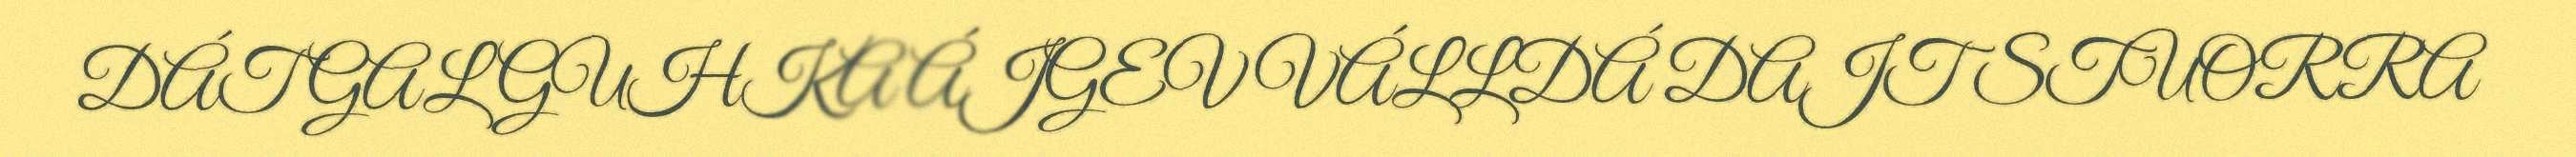
DÁT GAL GUHKA ÁJGEV VÁLLDÁ DAJT STUORRA